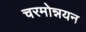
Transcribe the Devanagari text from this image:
चरमोन्नयन